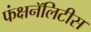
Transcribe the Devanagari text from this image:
फंक्षनॅलिटीस